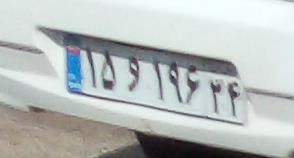
۱۵و۱۹۶۳۴